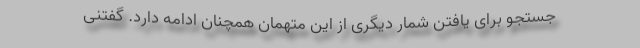
جستجو برای یافتن شمار دیگری از این متهمان همچنان ادامه دارد. گفتنی